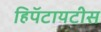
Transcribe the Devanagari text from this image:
हिपॅटायटीस